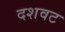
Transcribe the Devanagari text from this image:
दशवट